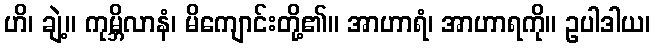
ဟိ၊ ချဲ့။ ကုမ္ဘိလာနံ၊ မိကျောင်းတို့၏။ အာဟာရံ၊ အာဟာရကို။ ဥပါဒါယ၊